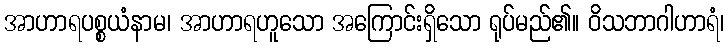
အာဟာရပစ္စယံနာမ၊ အာဟာရဟူသော အကြောင်းရှိသော ရုပ်မည်၏။ ဝိသဘာဂါဟာရံ၊